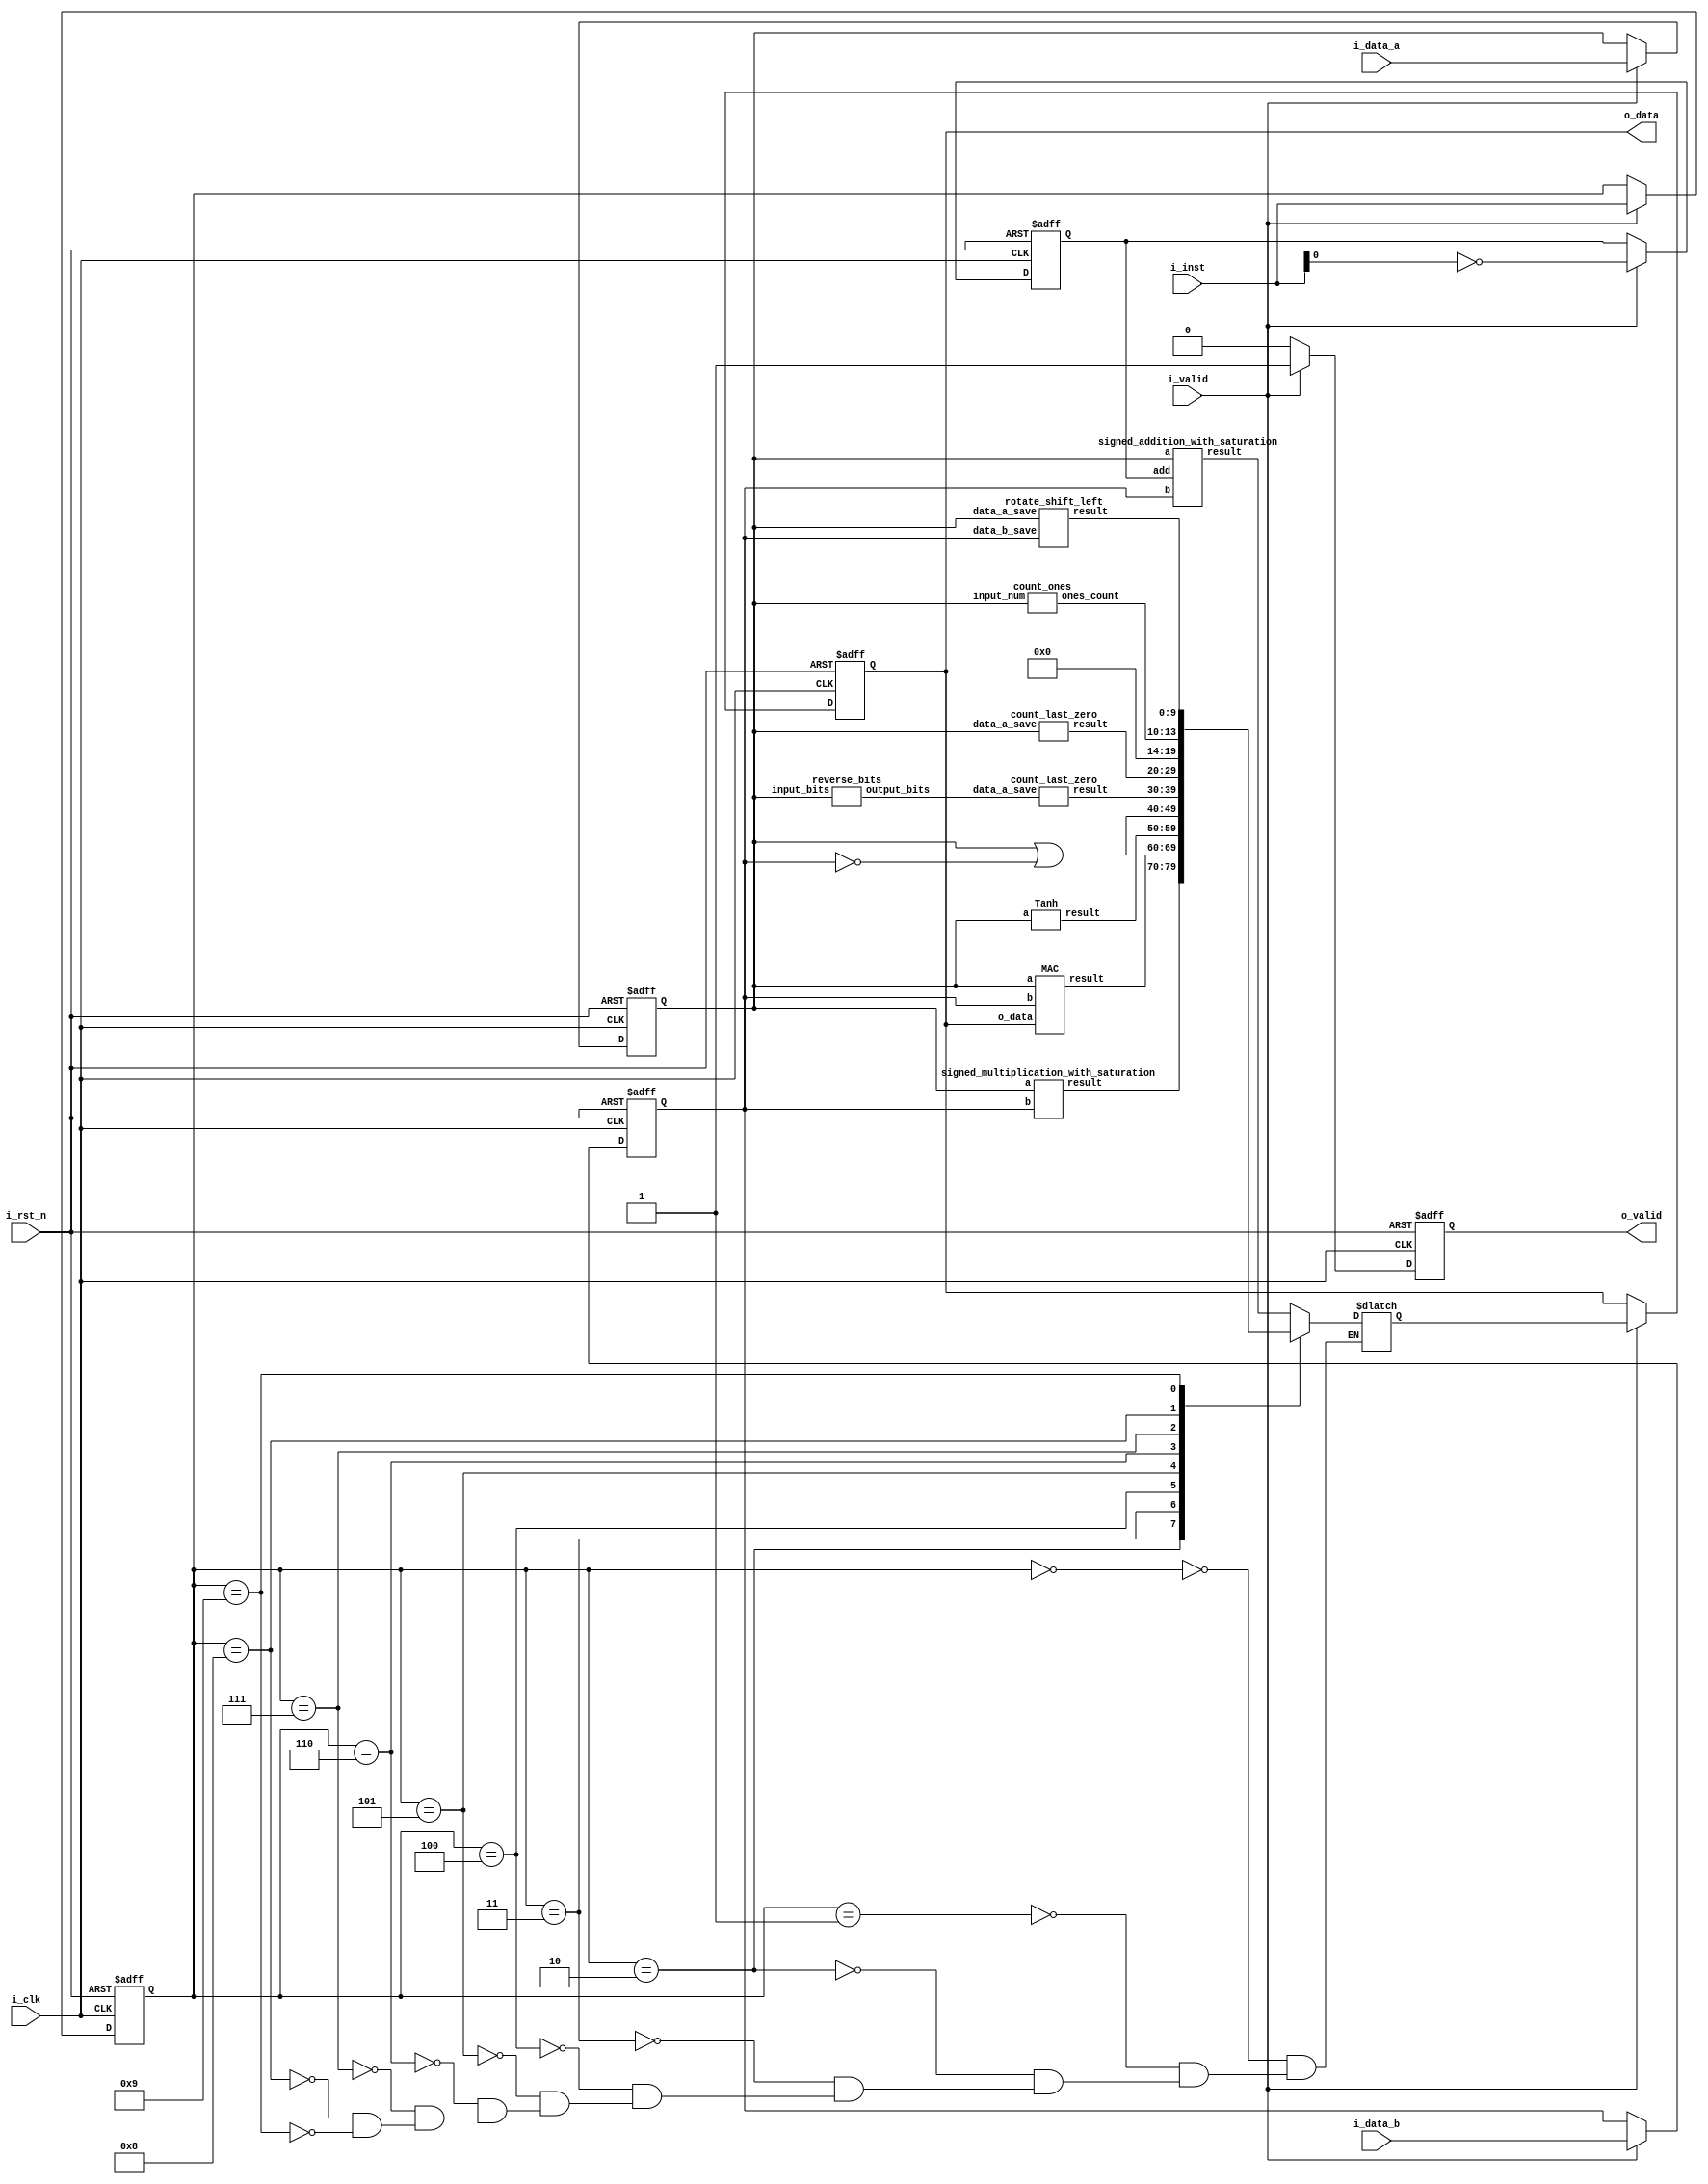
module alu #(
    parameter INT_W  = 4,
    parameter FRAC_W = 6,
    parameter INST_W = 4,
    parameter DATA_W = INT_W + FRAC_W
)(
    input                     i_clk,
    input                     i_rst_n,  //active low
    input                     i_valid,  //high if signal is resdy
    input signed [DATA_W-1:0] i_data_a,
    input signed [DATA_W-1:0] i_data_b,
    input        [INST_W-1:0] i_inst,   
    output                    o_valid,  //high if ready to output
    output       [DATA_W-1:0] o_data
); // Do not modify
    
// ---------------------------------------------------------------------------

// Wires and Registers
// ---------------------------------------------------------------------------
reg [DATA_W-1:0] o_data_w, o_data_r;
reg              o_valid_w, o_valid_r;
// ---- Add your own wires and registers here if needed ---- //

reg [DATA_W-1:0] data_a_save, data_b_save;
reg [INST_W-1:0] i_inst_save;

reg add; //1 for add 0 for minus



wire [DATA_W-1:0] temp_result;
wire [DATA_W-1:0] temp_result_mul;
wire [DATA_W-1:0] temp_result_mac;
wire [DATA_W-1:0] temp_result_tanh;
wire [DATA_W-1:0] data_a_save_rev;
wire [3:0] cnt1_r;
wire [DATA_W-1:0] temp_result_rsl;
wire [9:0] zerocnt_head, zerocnt_trail;
// ---------------------------------------------------------------------------
// Continuous Assignment
// ---------------------------------------------------------------------------

assign o_valid = o_valid_r;
assign o_data = o_data_r;

// ---- Add your own wire data assignments here if needed ---- //

signed_addition_with_saturation add1(
                .result(temp_result),
                .add(add),
                .a(data_a_save),
                .b(data_b_save)
            );

signed_multiplication_with_saturation mul1(
                .result(temp_result_mul),
                .a(data_a_save),
                .b(data_b_save)
            );

MAC mac1(
                .result(temp_result_mac),
                .a(data_a_save),
                .b(data_b_save),
                .o_data(o_data_r)
            );

Tanh t1(
                .result(temp_result_tanh),
                .a(data_a_save)
            );

reverse_bits rev1(
                .output_bits(data_a_save_rev),
                .input_bits(data_a_save)
            );

count_ones cnt1(
                .ones_count(cnt1_r),
                .input_num(data_a_save)
            );

rotate_shift_left rsl(
                .data_a_save(data_a_save),
                .data_b_save(data_b_save),
                .result(temp_result_rsl)
            );

count_last_zero clz1(
                .data_a_save(data_a_save),
                .result(zerocnt_trail)
            );

count_last_zero clz2(
                .data_a_save(data_a_save_rev),
                .result(zerocnt_head)
            );

// ---------------------------------------------------------------------------
// Combinational Blocks
// ---------------------------------------------------------------------------
// ---- Write your conbinational block design here ---- //

always@(*) begin
    case (i_inst_save)
        // 4 bits integer + 6 bits fraction
        4'b0000: begin  //signed add                    //pass
            o_data_w = temp_result;
        end
        4'b0001: begin  //signed sub                    //pass
            o_data_w = temp_result;
        end
        4'b0010: begin  //signed mul                    //pass
            o_data_w = temp_result_mul;
        end
        4'b0011: begin  //MAC                           //
            o_data_w = temp_result_mac;
        end
        4'b0100: begin  //Tanh                          //pass
            o_data_w = temp_result_tanh;
        end
        // 10 bit
        4'b0101: begin  //bitwise OR                    //pass
            o_data_w = data_a_save | ~data_b_save;
        end
        4'b0110: begin  //Count Leading Zero            //pass
            o_data_w = zerocnt_head;
        end
        4'b0111: begin  //Count Trailing Zero           //pass
            o_data_w = zerocnt_trail;
        end
        4'b1000: begin  //Count number of 1             //pass
            o_data_w = cnt1_r;
        end
        4'b1001: begin  //Rotation Left                 //pass
            o_data_w = temp_result_rsl;
        end
        default: begin  //do nothing
            o_data_w = o_data_w;
        end
    endcase
end

// ---------------------------------------------------------------------------
// Sequential Block
// ---------------------------------------------------------------------------
// ---- Write your sequential block design here ---- //
always@(posedge i_clk or negedge i_rst_n) begin
    if (!i_rst_n) begin
        o_data_r <= 0;
        o_valid_r <= 0;
    end else begin
        if(i_valid) begin
            o_data_r <= o_data_w;
        end
        if(i_valid) begin
            o_valid_r <= 1'b1;
        end else begin
            o_valid_r <= 1'b0;
        end
    end
end

always@(negedge i_clk or negedge i_rst_n) begin
    if(!i_rst_n) begin
        data_a_save <= 0;
        data_b_save <= 0;
        i_inst_save <= 0;
        add <= 0;
    end
    else if(i_valid) begin
        data_a_save <= i_data_a;
        data_b_save <= i_data_b;
        i_inst_save <= i_inst;
        add <= ~i_inst[0];
    end
end

endmodule

module signed_addition_with_saturation(
    input signed [9:0] a,
    input signed [9:0] b,
    input add,
    output reg signed [9:0] result
);

    reg signed [10:0] temp_result;

    always @(*) begin
        if(add) begin
            temp_result = a + b;
        end else begin
            temp_result = a - b;
        end
        if (temp_result > 511) begin
            result = 511;
        end else if (temp_result < -512) begin
            result = -512;
        end else begin
            result = $signed(temp_result[9:0]);
        end
    end

endmodule

module signed_multiplication_with_saturation(
    input signed [9:0] a,
    input signed [9:0] b,
    output reg signed [9:0] result
);

    reg signed [19:0] temp_result;
    reg signed [19:0] temp_result_add;
    
    always @(*) begin
        temp_result = $signed(a) * $signed(b);
        temp_result_add = $signed(temp_result) - $signed(6'b100000);
        if (temp_result_add > 32767) begin
            result = 511;
        end else if (temp_result_add <= -32768) begin
            result = -512;
        end else begin
            result = temp_result_add[15:6];
        end
    end

endmodule

module MAC(
    input signed [9:0] a,
    input signed [9:0] b,
    input signed [9:0] o_data,
    output reg signed [9:0] result
);
    reg signed [21:0] temp_mul;
    reg signed [21:0] temp_mul_add;
    always@(*) begin
        temp_mul = $signed(a) * $signed(b);
        temp_mul_add = temp_mul + $signed({o_data, 6'b100000});
        if (temp_mul_add > 32767) begin
            result = 511;
        end else if (temp_mul_add <= -32768) begin
            result = -512;
        end else begin
            result = temp_mul_add[15:6];
        end
    end
endmodule

module Tanh(
    input signed [9:0] a,
    output reg signed [9:0] result
);
    wire [10:0] slp2, slp4;
    
    assign slp2 = {a[9], a} - 32;
    assign slp4 = {a[9], a} + 32;
    
    always@(*) begin
        if(a <= -96) begin
            result = 10'b1111000000;
        end else if( a > -96 && a <= -32 ) begin
            result = $signed(slp2[10:1]) - $signed(slp2[0]);
        end else if ( a > -32 && a <= 32 ) begin
            result = a;
        end else if( a > 32 && a <= 96 ) begin
            result = $signed(slp4[10:1]) - $signed(slp4[0]);
        end else begin
            result = 10'b0001000000;
        end
    end
endmodule

module reverse_bits(
    input [9:0] input_bits,
    output [9:0] output_bits
);

    reg [9:0] reversed_bits;

    integer i;
    always @(*) begin
        for (i = 0; i < 10; i = i + 1) begin
            reversed_bits[i] = input_bits[9 - i];
        end
    end

    assign output_bits = reversed_bits;

endmodule

module count_ones (
  input [9:0] input_num,
  output reg [3:0] ones_count
);

  integer i;
  
  always @(*) begin
    ones_count = 0;
    for (i = 0; i < 10; i = i + 1) begin
      if (input_num[i] == 1) begin
        ones_count = ones_count + 1;    //OK?
      end
    end
  end

endmodule

module rotate_shift_left (
  input [9:0] data_a_save,
  input [9:0] data_b_save,
  output reg [9:0] result
);
    reg [19:0] double_a;
    reg [19:0] double_a_shift;
    always @(*) begin
        double_a = {data_a_save, data_a_save};
        double_a_shift = double_a << data_b_save;
        result = double_a_shift[19:10];
    end

endmodule

module count_last_zero (
  input [9:0] data_a_save,
  output reg [9:0] result
);
    
    always@(*) begin
        //$display("%b", data_a_save);
        casez(data_a_save)
            10'bzzzzzzzzz1: result = 0;
            10'bzzzzzzzz10: result = 1;
            10'bzzzzzzz100: result = 2;
            10'bzzzzzz1000: result = 3;
            10'bzzzzz10000: result = 4;
            10'bzzzz100000: result = 5;
            10'bzzz1000000: result = 6;
            10'bzz10000000: result = 7;
            10'bz100000000: result = 8;
            10'b1000000000: result = 9;
            10'b0000000000: result = 10;
            default : result = 11;
        endcase

    end
endmodule